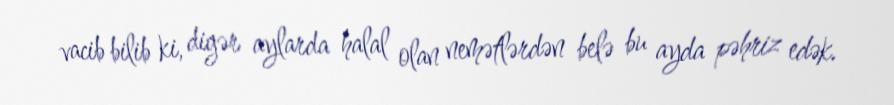
vacib bilib ki, digər aylarda halal olan nemətlərdən belə bu ayda pəhriz edək.